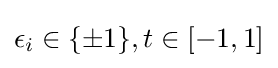
\epsilon _{i}\in \{\pm 1\},t\in [-1,1]